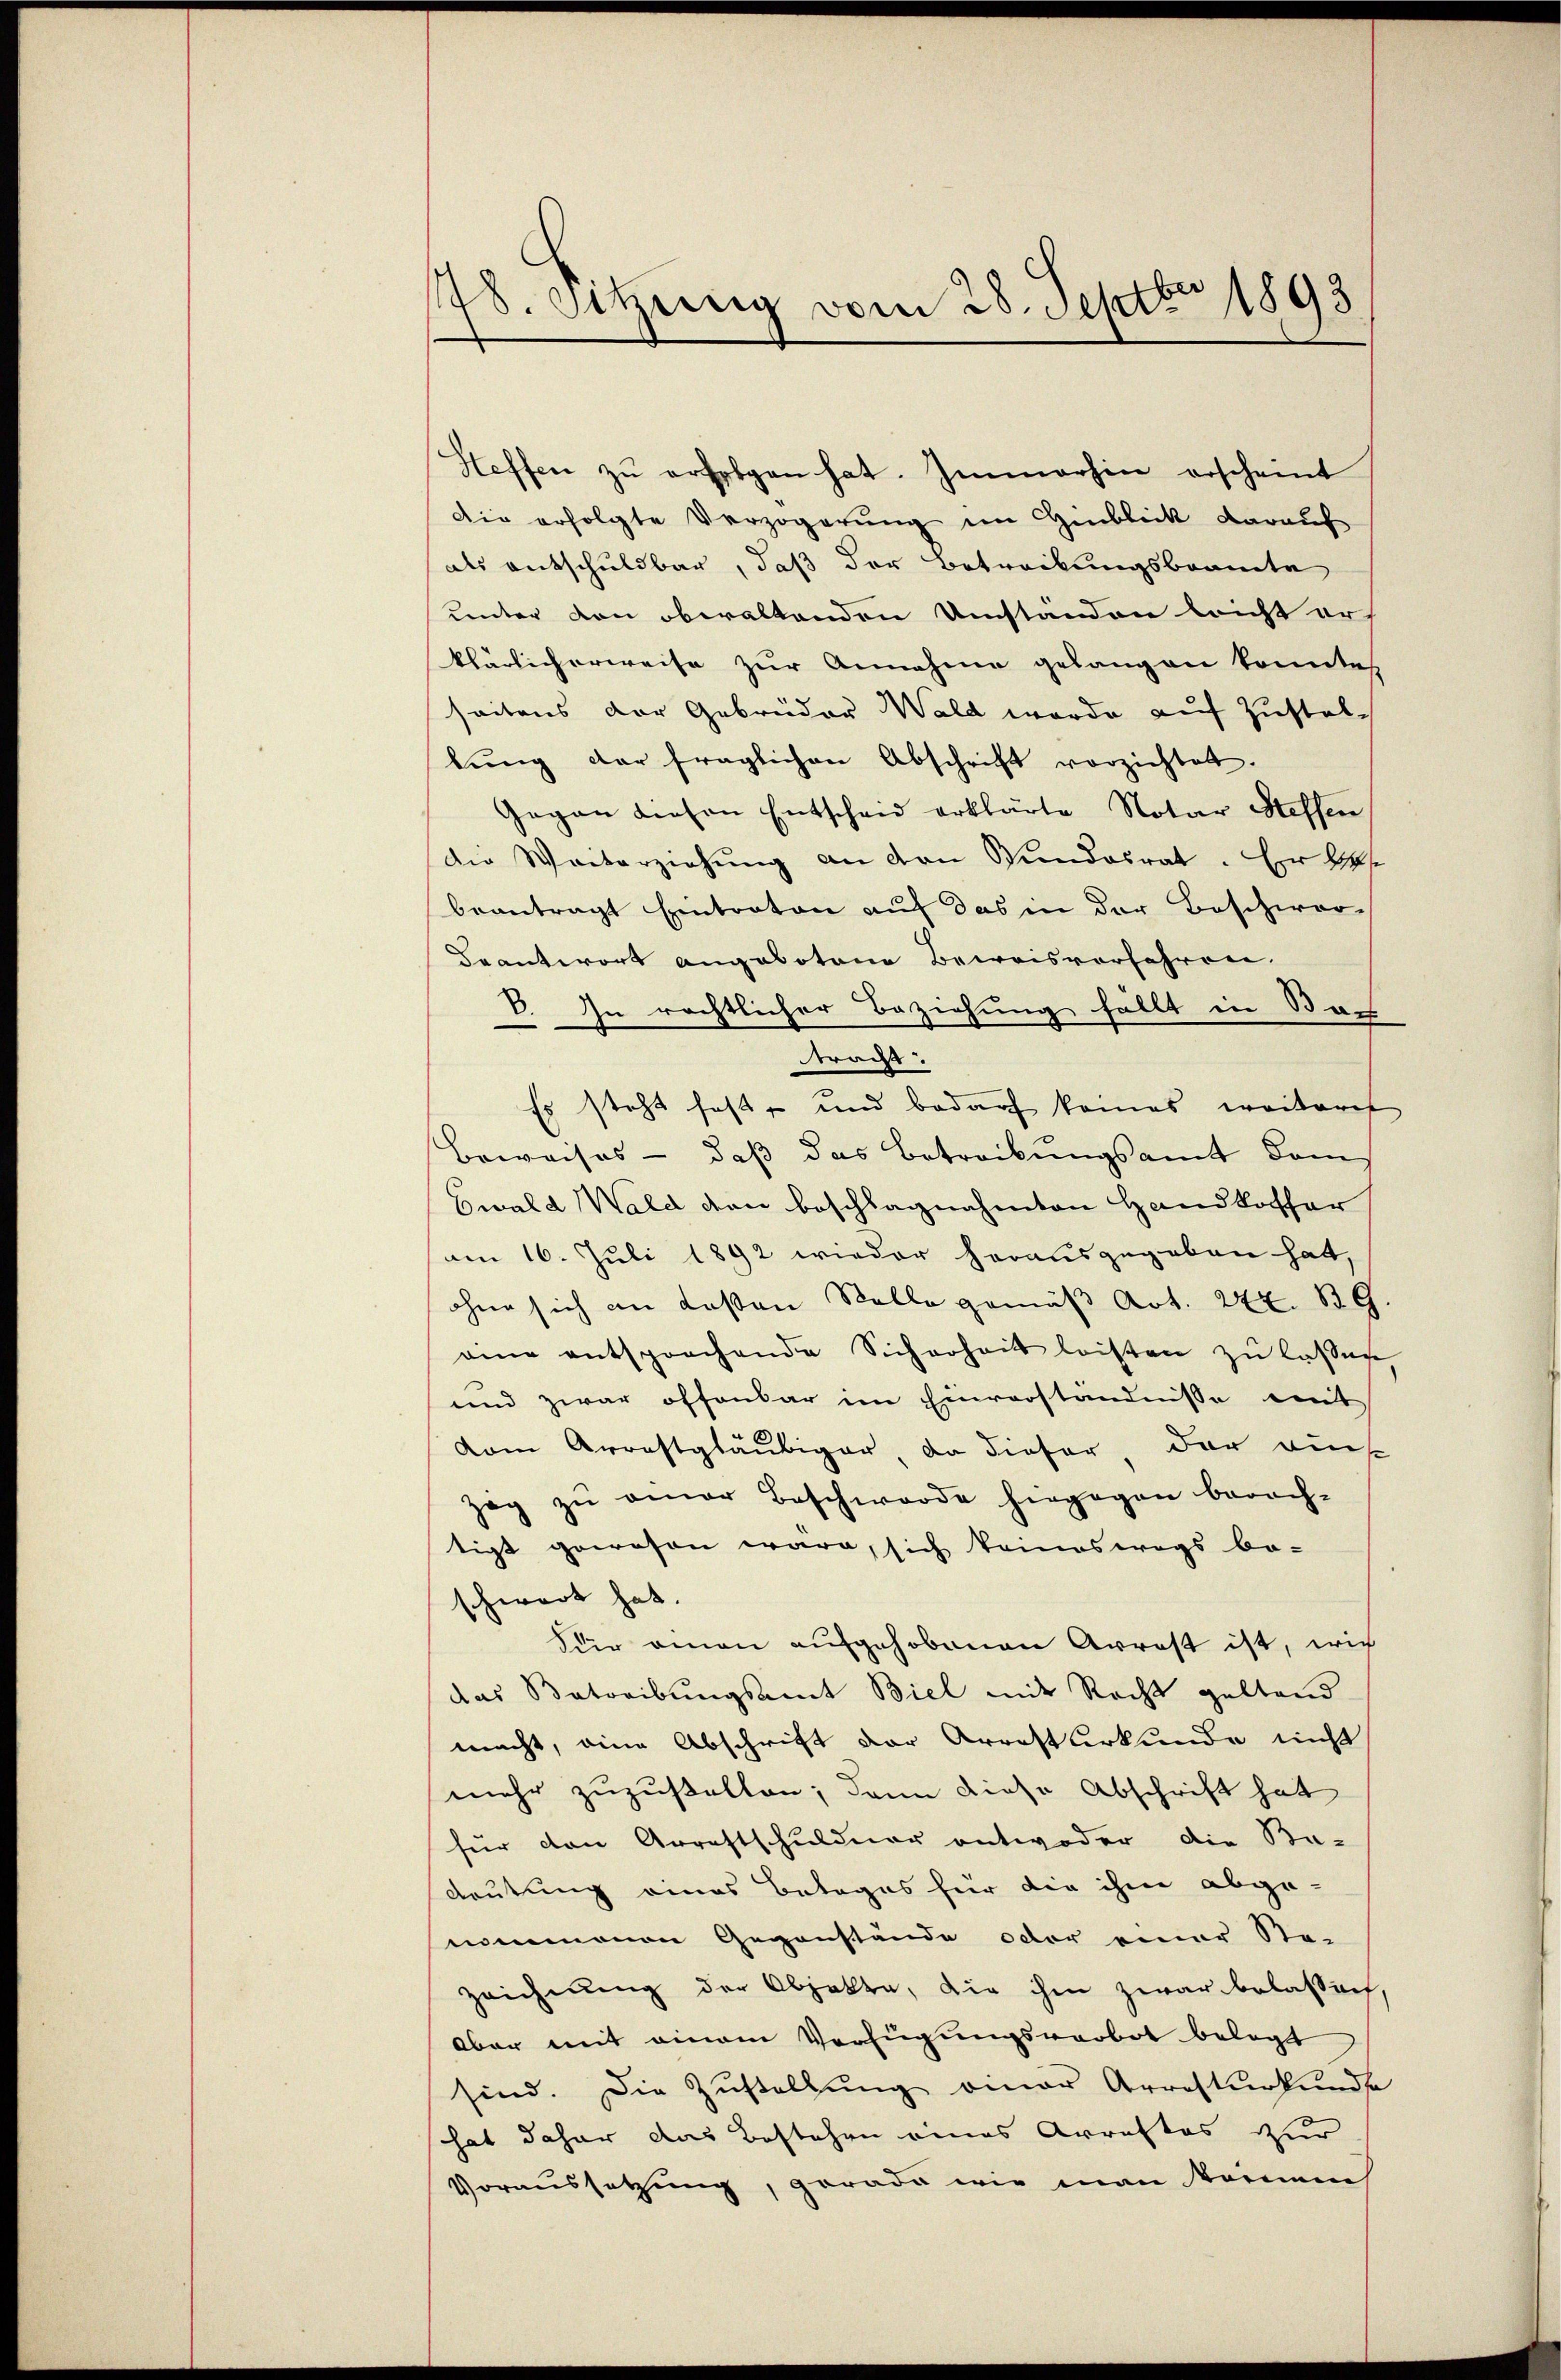
78. Sitzung vom 28. Septbr 1893

Steffen zŭ erfolgen hat. Immerhin erscheint
Die erfolgte Verzögerung im Hinblick darauf
als entschuldbar, daß der Betreckungsbeamte
unter den obwaltenden Umständen leicht er
klärlicherweise zur Annahme gelangen konnte,
seitens der Gebrüder Wald werde auf Zustelbŭng der fraglichen Abschrift vorzichtet.
Gegen diesen Entscheid erklärte Notar Steffen
die Winterziehung an den Gundesrat. Er bes
beantragt Eintraten auf das in der Beschwer-
Beantwort angebotene Beweisverfahren.
V. In rechtlicher Beziehung fällt in Nach-
trad.
Es steht fast, und bedarf keines weiteres
Beweises - daß das Betreibungsamt dam
Ewald Wald den beschlagnahmten Handkoffar
am 16. Juli 1892 wieder herausgegeben hat,
ohne sich an dassen Stelle gemäß Art. 242. B9
aine entsprochende Sicherheit leisten zŭ lassen
und zwar offenbar im Einverständnisse mit
dam Arrestgläubiger, da dieser, der auch
zog zŭ einer Beschwerde hingegen berech-
tigt gewesen wäre, sich keineswegs be-
schwart hat.
Für einen aufgehobenen Arrest ist, wie
das Betreibungsamt Biel mit Recht geltend
macht, eine Abschrift der Arretturkunde nicht
mehr zuzustellen; dann diese Abschrift hat
für den Arrestschuldner antwoder die Ba-
deutung eines Betages für die ihm abge-
nommenen Gegenstände oder einer Ste-
Zeichnung der Objekte, die ihm zwar belassent.
aber mit einem Verfügungsvorbot belegt
sind. Die Zustellŭng aner Arresterkunde
hat daher das Bestehen eines Arrestes zur
Voraussetzung, gerade wie man kommen